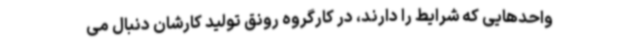
واحدهایی که شرایط را دارند، در کارگروه رونق تولید کارشان دنبال می